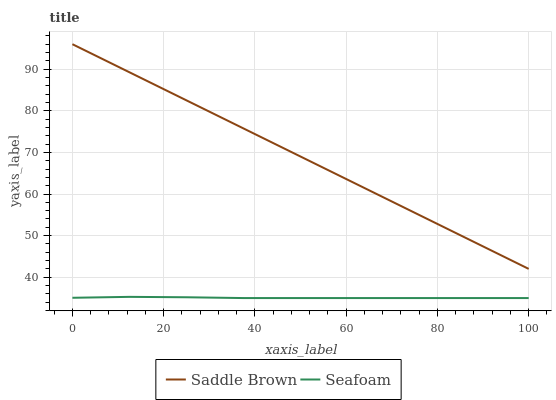
| xaxis_label | Saddle Brown | Seafoam |
 | --- | --- | --- |
 | 0 | 96 | 35.1 |
 | 12.5 | 89.3 | 35.3 |
 | 25 | 82.5 | 35.2 |
 | 37.5 | 75.8 | 35 |
 | 50 | 69 | 35 |
 | 62.5 | 62.3 | 35 |
 | 75 | 55.5 | 35 |
 | 87.5 | 48.8 | 35 |
 | 100 | 42 | 35 |